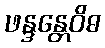
ဖန္ဒန္တေဝိဓ